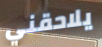
يلاحقني